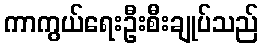
ကာကွယ်ရေးဦးစီးချုပ်သည်